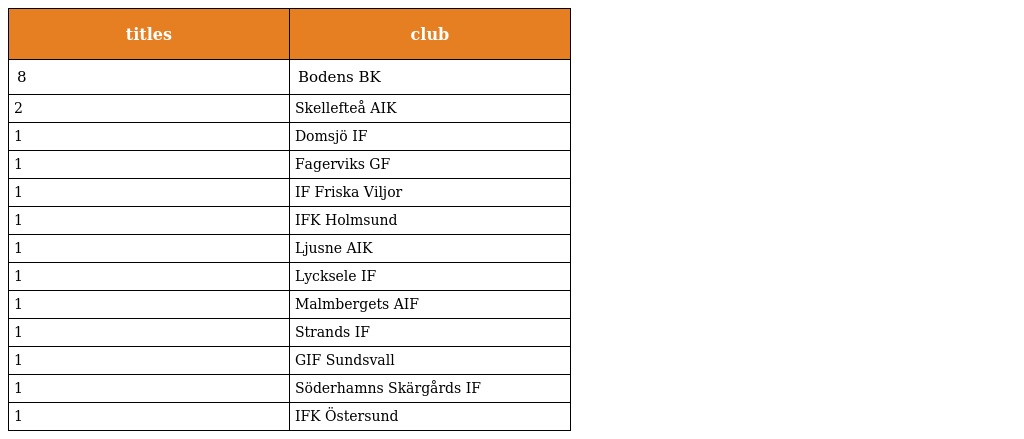
| titles | club |
 | --- | --- |
 | 8 | Bodens BK |
 | 2 | Skellefteå AIK |
 | 1 | Domsjö IF |
 | 1 | Fagerviks GF |
 | 1 | IF Friska Viljor |
 | 1 | IFK Holmsund |
 | 1 | Ljusne AIK |
 | 1 | Lycksele IF |
 | 1 | Malmbergets AIF |
 | 1 | Strands IF |
 | 1 | GIF Sundsvall |
 | 1 | Söderhamns Skärgårds IF |
 | 1 | IFK Östersund |